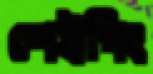
শেইপিং